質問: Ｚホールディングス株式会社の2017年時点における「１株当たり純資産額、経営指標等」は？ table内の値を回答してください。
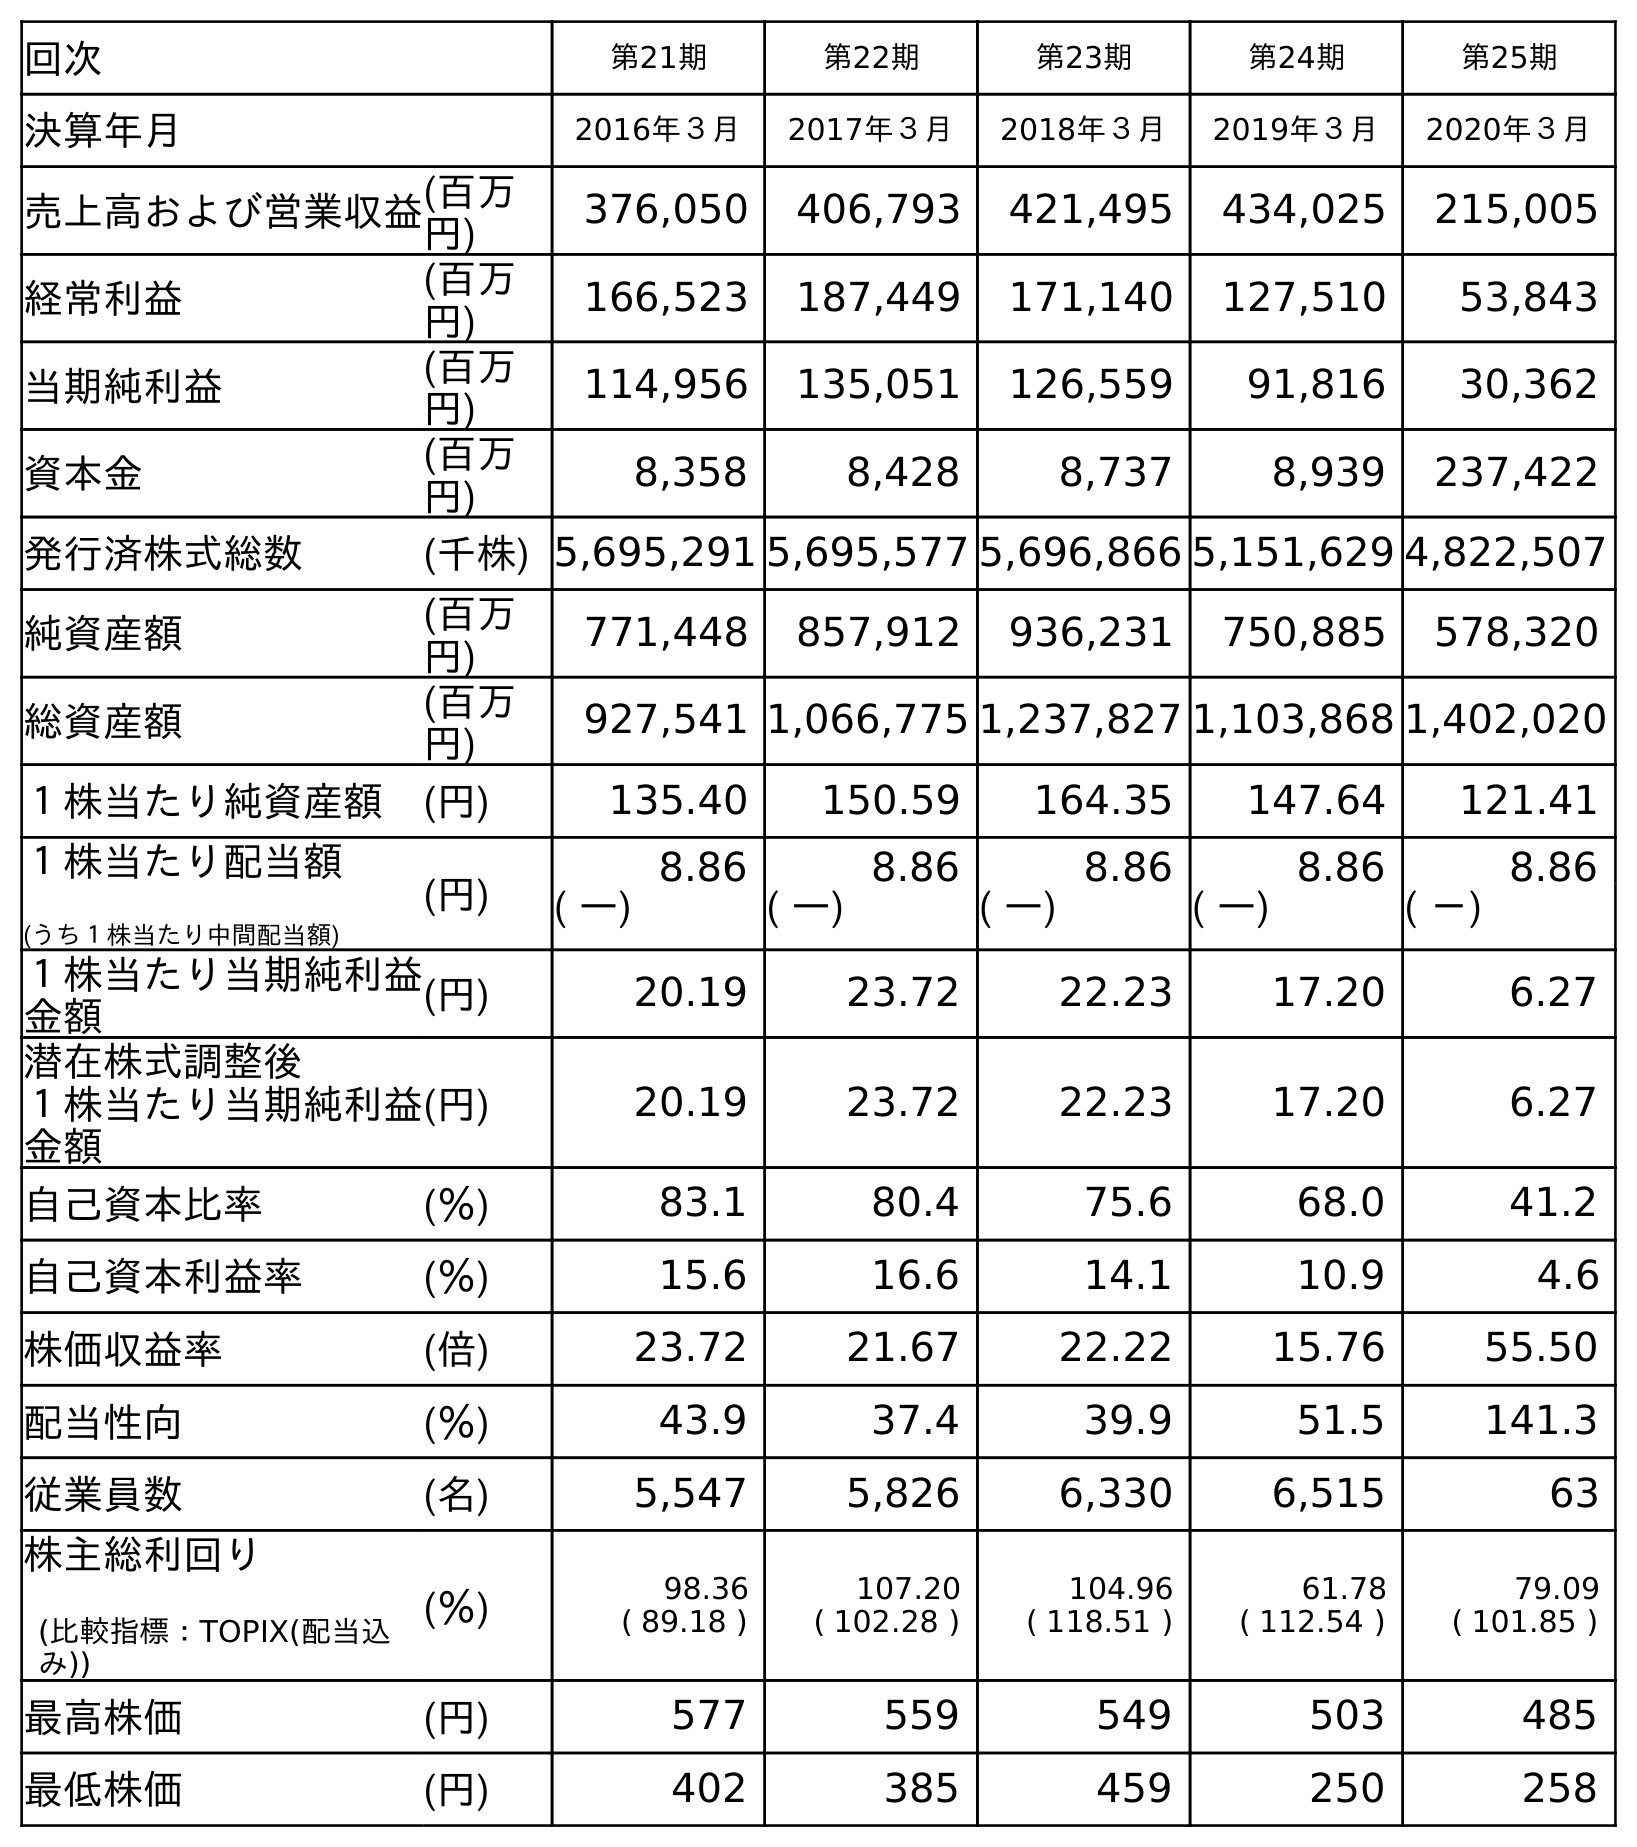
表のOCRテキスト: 回次 第21期 第22期 第23期 第24期 第25期 決算年月 2016年３月 2017年３月 2018年３月 2019年３月 2020年３月 売上高および営業収益(百万 円) 376,050 406,793 421,495 434,025 215,005 経常利益 (百万 円) 166,523 187,449 171,140 127,510 53,843 当期純利益 (百万 円) 114,956 135,051 126,559 91,816 30,362 資本金 (百万 円) 8,358 8,428 8,737 8,939 237,422 発行済株式総数 (千株) 5,695,291 5,695,577 5,696,866 5,151,629 4,822,507 純資産額 (百万 円) 771,448 857,912 936,231 750,885 578,320 総資産額 (百万 円) 927,541 1,066,775 1,237,827 1,103,868 1,402,020 １株当たり純資産額 (円) 135.40 150.59 164.35 147.64 121.41 １株当たり配当額 (うち１株当たり中間配当額) (円) 8.86 8.86 8.86 8.86 8.86 ( ―) ( ―) ( ―) ( ―) ( －) １株当たり当期純利益 金額 (円) 20.19 23.72 22.23 17.20 6.27 潜在株式調整後 １株当たり当期純利益 金額 (円) 20.19 23.72 22.23 17.20 6.27 自己資本比率 (％) 83.1 80.4 75.6 68.0 41.2 自己資本利益率 (％) 15.6 16.6 14.1 10.9 4.6 株価収益率 (倍) 23.72 21.67 22.22 15.76 55.50 配当性向 (％) 43.9 37.4 39.9 51.5 141.3 従業員数 (名) 5,547 5,826 6,330 6,515 63 株主総利回り (比較指標：TOPIX(配当込 み)) (％) 98.36 ( 89.18 ) 107.20 ( 102.28 ) 104.96 ( 118.51 ) 61.78 ( 112.54 ) 79.09 ( 101.85 ) 最高株価 (円) 577 559 549 503 485 最低株価 (円) 402 385 459 250 258
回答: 150.59